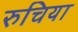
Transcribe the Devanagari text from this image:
रुचिया